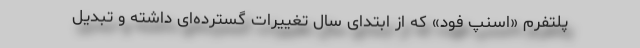
پلتفرم «اسنپ فود» که از ابتدای سال تغییرات گسترده‌ای داشته و تبدیل